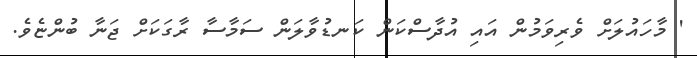
' މާހައުލަށް ވެރިވަމުން އައި އުދާސްކަން ކަނޑުވާލަން ސަމާސާ ރާގަކަށް ޖަނާ ބުންޏެވެ.